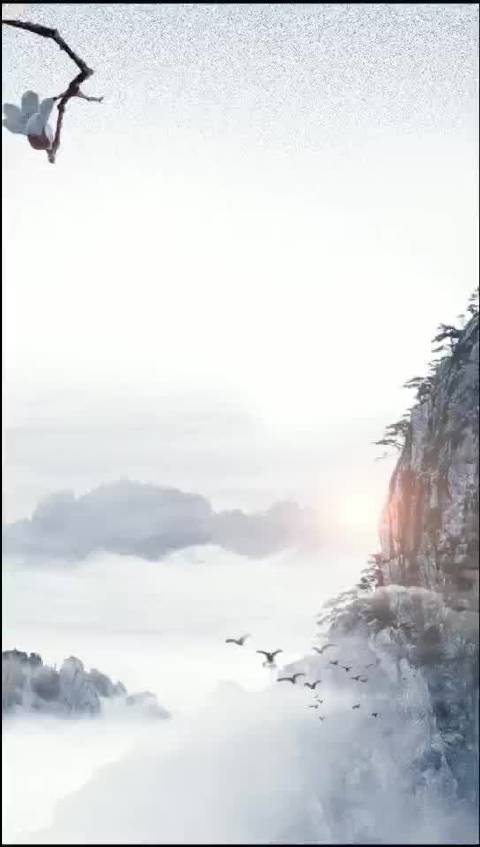
出耒在明晨，山寒易霜霰。